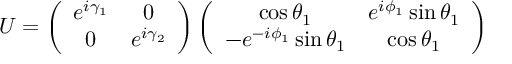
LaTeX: U = \left( \begin{array} { c c c } { { e ^ { i \gamma _ { 1 } } } } & { { 0 } } \\ { { 0 } } & { { e ^ { i \gamma _ { 2 } } } } \end{array} \right) \left( \begin{array} { c c c } { { \cos \theta _ { 1 } } } & { { e ^ { i \phi _ { 1 } } \sin \theta _ { 1 } } } \\ { { - e ^ { - i \phi _ { 1 } } \sin \theta _ { 1 } } } & { { \cos \theta _ { 1 } } } \end{array} \right)